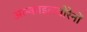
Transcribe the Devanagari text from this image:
अल्काइलबोरेनों